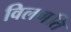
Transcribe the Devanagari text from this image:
विलगति